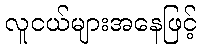
လူငယ်များအနေဖြင့်